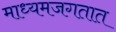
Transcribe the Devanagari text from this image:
माध्यमजगतात